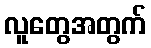
လူတွေအတွက်